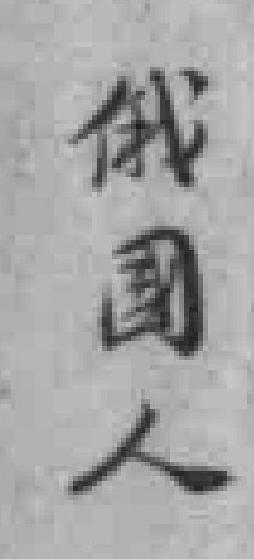
俄國人